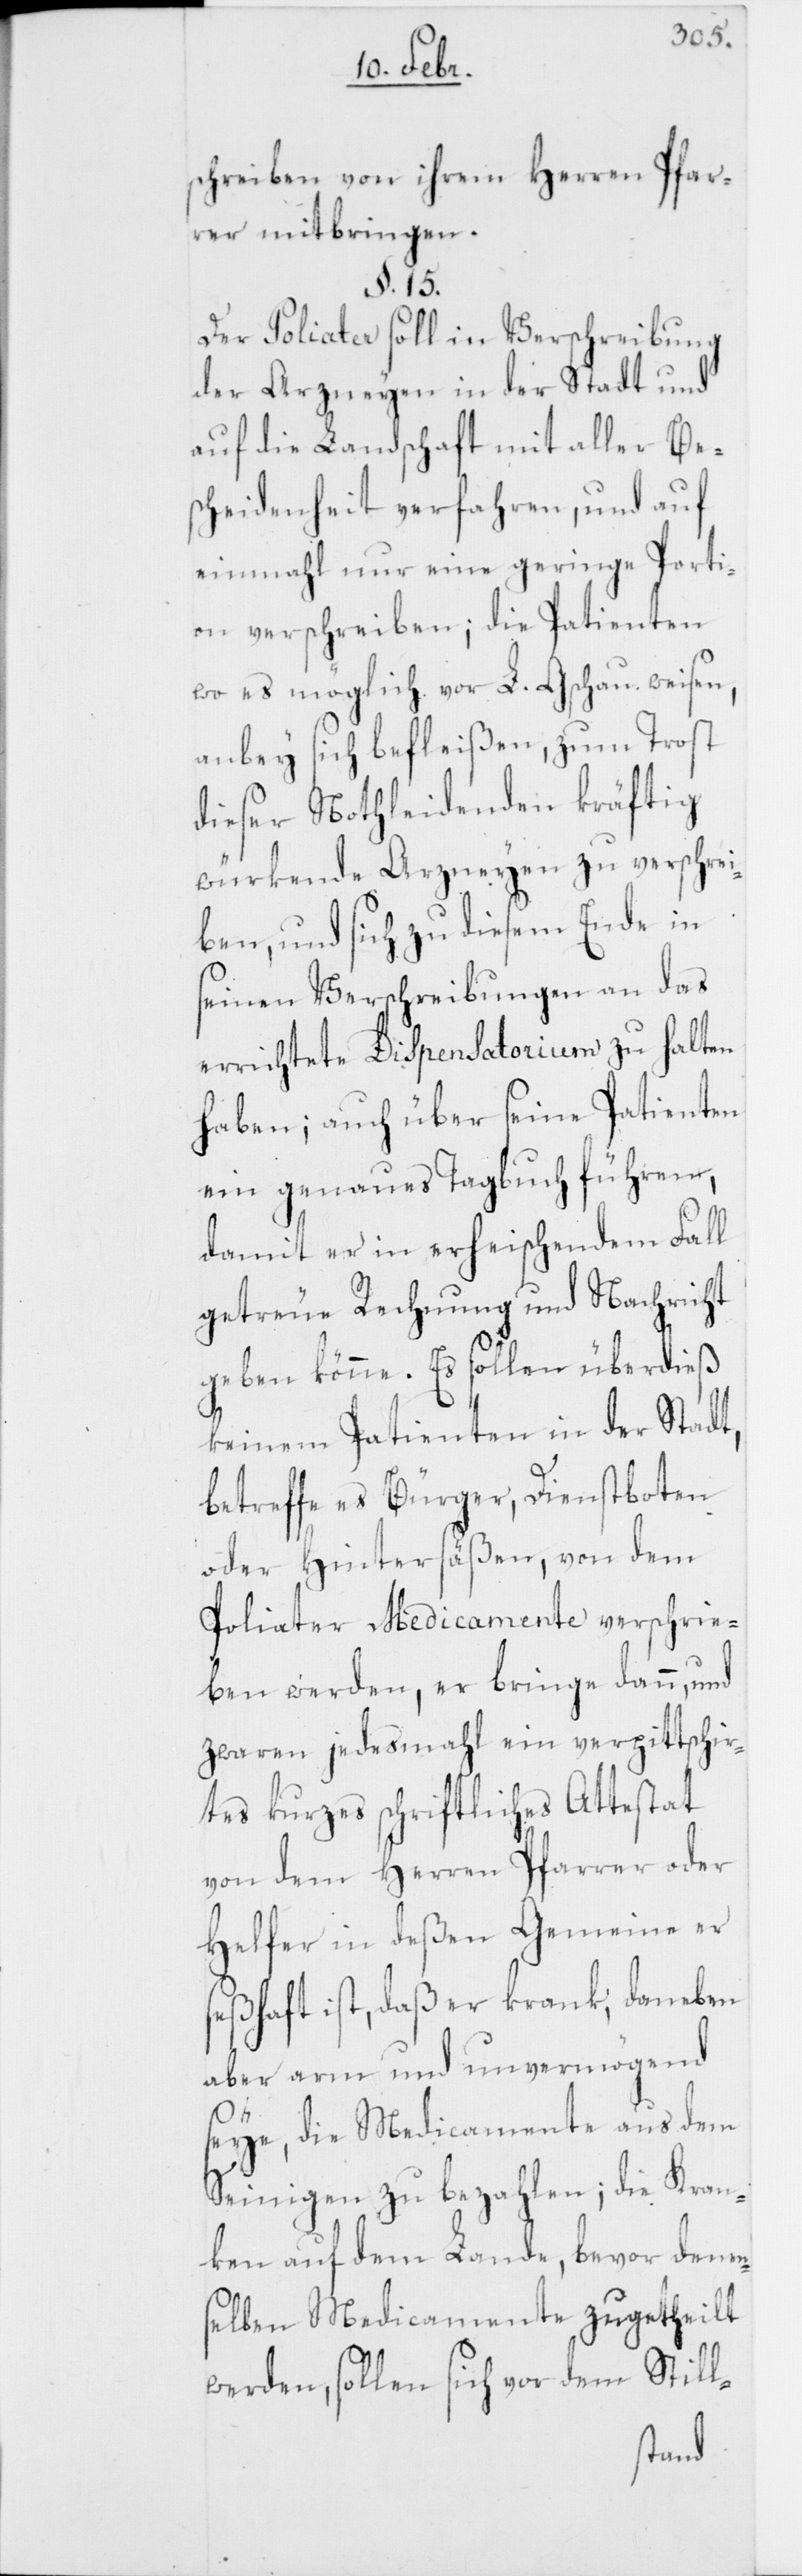
schreiben von ihrem Herren Pfar¬
rer mitbringen.
§. 15.
Der Poliater soll in Verschreibung
der Arzneyen in der Stadt und
auf die Landschaft mit aller Besc¬
heidenheit verfahren, und auf
einmahl nur eine geringe Porti¬
on verschreiben; die Patienten
wo es möglich vor L. Gschau weisen,
anbey sich befleißen, zum Trost
dieser Nothleidenden kräftig
würkende Arzneyen zu verschrei¬
ben, und sich zu diesem Ende in
seinen Verschreibungen an das
errichtete Dispensatorium zu halten
haben; auch über seine Patienten
ein genaues Tagbuch führen,
damit er in erheischendem Fall
getreue Rechnung und Nachricht
geben könne. Es sollen überdieß
keinem Patienten in der Stadt,
betreffe es Bürger, Dienstboten
oder Hintersäßen, von dem
Poliater Medicamente verschrie¬
ben werden, er bringe dann, und
zwaren jedesmahl ein verpittschir¬
tes kurzes schriftliches Attestat
von dem Herren Pfarrer oder
Helfer in deßen Gemeine er
seßhaft ist, daß er krank, daneben
aber arm und unvermögend
seye, die Medicamente aus dem
Seinigen zu bezahlen; die Kran¬
ken auf dem Lande, bevor denen¬
selben Medicamente zugetheilt
werden, sollen sich vor dem Still-